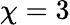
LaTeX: \chi=3